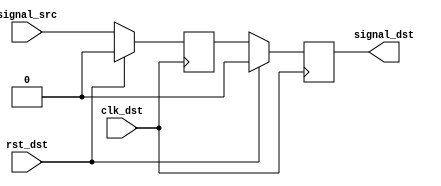
//-----------------------------------------------------------------------------
//  
//  Copyright (c) 2008 Xilinx Inc.
//
//  Project  : Programmable Wave Generator
//  Module   : meta_harden.v
//  Parent   : Various
//  Children : None
//
//  Description: 
//    This is a basic meta-stability hardener; it double synchronizes an
//    asynchronous signal onto a new clock domain.
//
//  Parameters:
//    None
//
//  Notes       : 
//
//  Multicycle and False Paths, Timing Exceptions
//    A tighter timing constraint should be placed between the signal_meta
//    and signal_dst flip-flops to allow for meta-stability settling time
//

`timescale 1ns/1ps


module meta_harden (
  input            clk_dst,      // Destination clock
  input            rst_dst,      // Reset - synchronous to destination clock
  input            signal_src,   // Asynchronous signal to be synchronized
  output reg       signal_dst    // Synchronized signal
);


//***************************************************************************
// Register declarations
//***************************************************************************

  reg           signal_meta;     // After sampling the async signal, this has
                                 // a high probability of being metastable.
                                 // The second sampling (signal_dst) has
                                 // a much lower probability of being
                                 // metastable

//***************************************************************************
// Code
//***************************************************************************

  always @(posedge clk_dst)
  begin
    if (rst_dst)
    begin
      signal_meta <= 1'b0;
      signal_dst  <= 1'b0;
    end
    else // if !rst_dst
    begin
      signal_meta <= signal_src;
      signal_dst  <= signal_meta;
    end // if rst
  end // always

endmodule